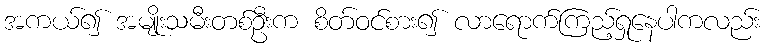
အကယ်၍ အမျိုးသမီးတစ်ဦးက စိတ်ဝင်စား၍ လာရောက်ကြည့်ရှုနေပါကလည်း